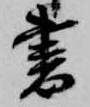
書